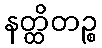
နတ္ထိတဉ္စ